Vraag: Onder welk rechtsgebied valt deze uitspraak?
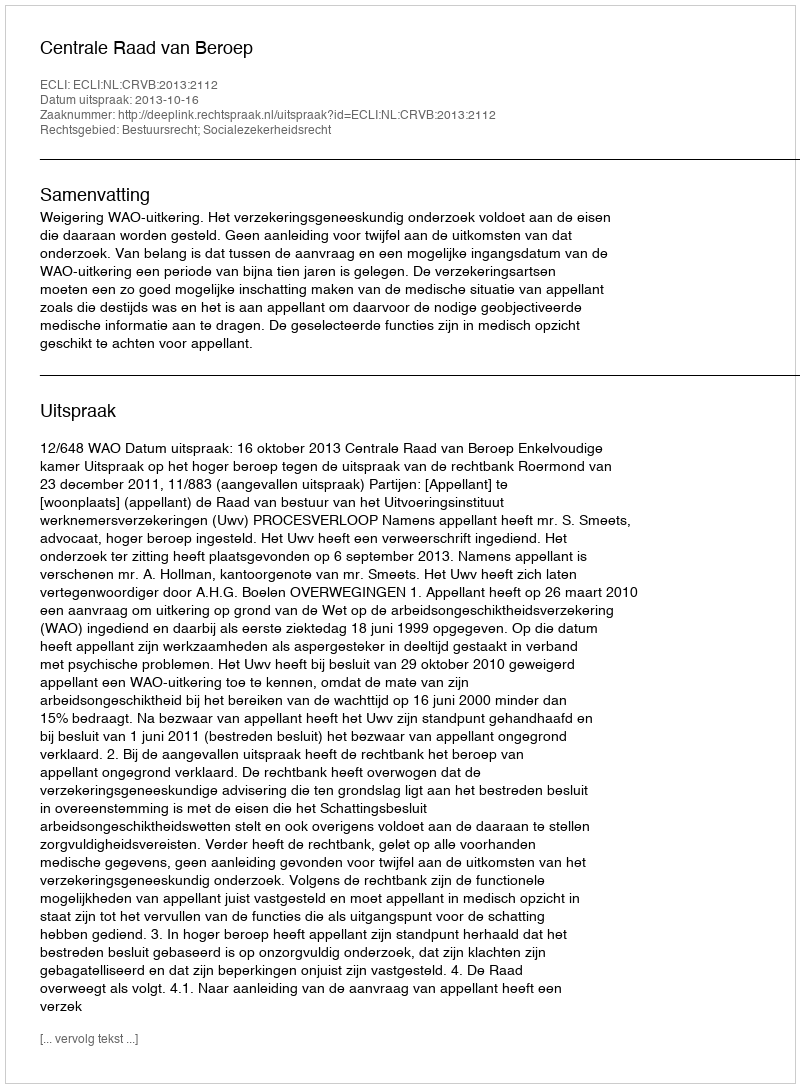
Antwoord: Bestuursrecht; Socialezekerheidsrecht